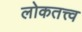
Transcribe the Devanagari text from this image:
लोकतत्त्व